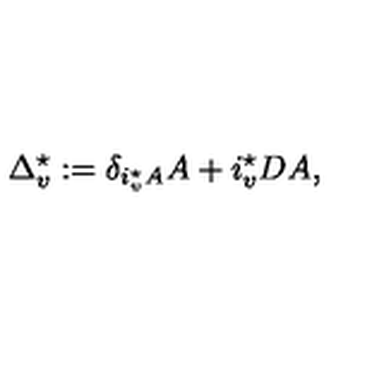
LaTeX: \Delta _ { v } ^ { \star } : = \delta _ { i _ { v } ^ { \star } A } A + i _ { v } ^ { \star } D A ,